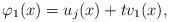
LaTeX: \begin{align*}\varphi_1(x)=u_j(x)+tv_1 (x), \end{align*}